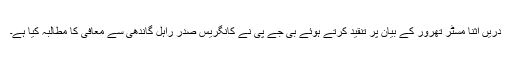
دریں اثنا مسٹر تھرور کے بیان پر تنقید کرتے ہوئے بی جے پی نے کانگریس صدر راہل گاندھی سے معافی کا مطالبہ کیا ہے۔